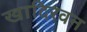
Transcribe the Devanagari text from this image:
खादिरवन